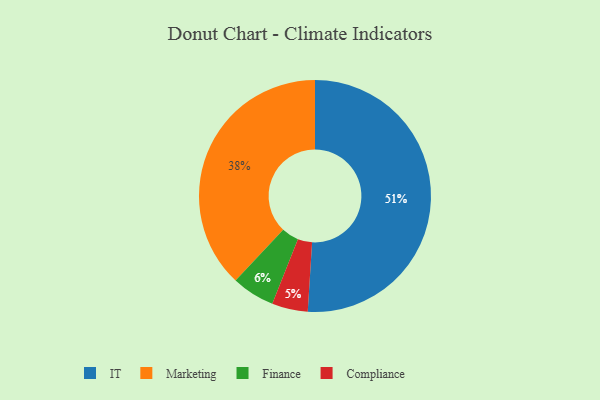
{"axis": {"x": "Category", "y": "Percentage"}, "legend": ["Compliance", "Finance", "IT", "Marketing"], "data": [{"x": "Compliance", "y": 5, "type": "Compliance"}, {"x": "Marketing", "y": 38, "type": "Marketing"}, {"x": "IT", "y": 51, "type": "IT"}, {"x": "Finance", "y": 6, "type": "Finance"}]}